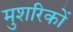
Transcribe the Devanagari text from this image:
मुशरिकों